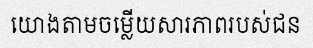
យោងតាមចម្លើយសារភាពរបស់ជន